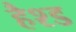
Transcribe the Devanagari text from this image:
हैश्ड